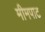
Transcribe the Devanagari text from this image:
मीमपाट